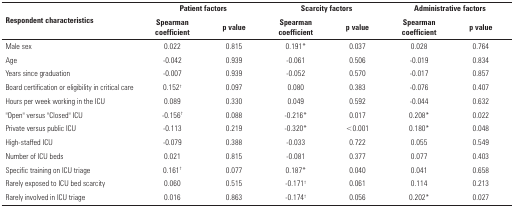
| <ROWSPAN=2> Respondent characteristics | <COLSPAN=2> Patient factors | <COLSPAN=2> Scarcity factors | <COLSPAN=2> Administrative factors |
 | Spearman coefficient | p value | Spearman coefficient | p value | Spearman coefficient | p value |
 | --- | --- | --- | --- | --- | --- | --- |
 | Male sex | 0.022 | 0.815 | 0.191* | 0.037 | 0.028 | 0.764 |
 | Age | -0.042 | 0.939 | -0.061 | 0.506 | -0.019 | 0.834 |
 | Years since graduation | -0.007 | 0.939 | -0.052 | 0.570 | -0.017 | 0.857 |
 | Board certification or eligibility in criticalcare | 0.152† | 0.097 | 0.080 | 0.383 | -0.076 | 0.407 |
 | Hours per week working in the ICU | 0.089 | 0.330 | 0.049 | 0.592 | -0.044 | 0.632 |
 | "Open" versus "Closed" ICU | -0.156† | 0.088 | -0.216* | 0.017 | 0.208* | 0.022 |
 | Private versus public ICU | -0.113 | 0.219 | -0.320* | <0.001 | 0.180* | 0.048 |
 | High-staffed ICU | -0.079 | 0.388 | -0.033 | 0.722 | 0.055 | 0.549 |
 | Number of ICU beds | 0.021 | 0.815 | -0.081 | 0.377 | 0.077 | 0.403 |
 | Specific training on ICU triage | 0.161† | 0.077 | 0.187* | 0.040 | 0.041 | 0.658 |
 | Rarely exposed to ICU bed scarcity | 0.060 | 0.515 | -0.171† | 0.061 | 0.114 | 0.213 |
 | Rarely involved in ICU triage | 0.016 | 0.863 | -0.174† | 0.056 | 0.202* | 0.027 |